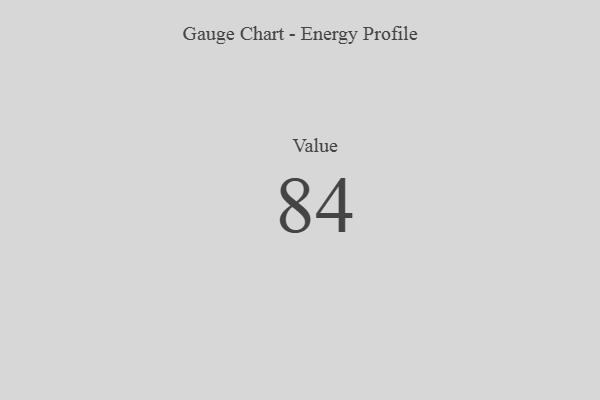
{"axis": {"x": "Metric", "y": "Value"}, "legend": [""], "data": [{"x": "Value", "y": 84, "type": ""}]}